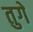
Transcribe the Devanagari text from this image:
तुगे